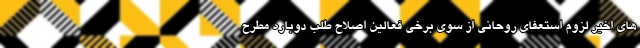
های اخیر لزوم استعفای روحانی از سوی برخی فعالین اصلاح طلب دوباره مطرح